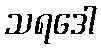
သရဒေါ